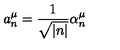
a _ { n } ^ { \mu } = \frac { 1 } { \sqrt { | n | } } \alpha _ { n } ^ { \mu }